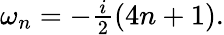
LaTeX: \begin{array}{r}{\omega_{n}=-\frac{i}{2}(4n+1).}\end{array}